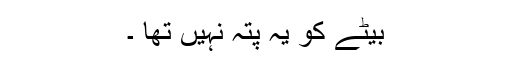
بیٹے کو یہ پتہ نہیں تھا ۔